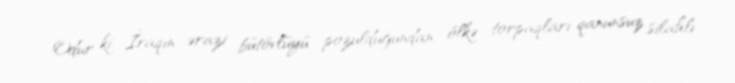
Odur ki, İraqın ərazi bütövlüyü pozulduğundan, ölkə torpaqları qanunsuz silahlı